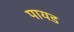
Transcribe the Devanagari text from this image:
पायड